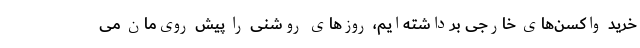
خرید واکسن‌های خارجی برداشته‌ایم،‌ روزهای روشنی را پیش روی‌مان می